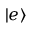
| e \rangle